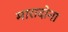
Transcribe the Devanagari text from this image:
मारादोना